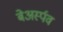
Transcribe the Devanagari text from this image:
बेअर्स्पव